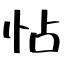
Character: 怗